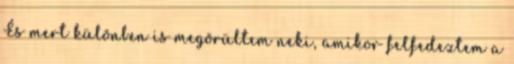
És mert különben is megörültem neki, amikor felfedeztem a